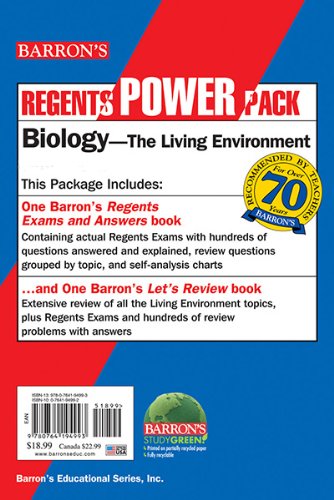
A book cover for Biology Power Pack; Gregory Scott Hunter; Test Preparation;